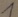
Text: 1